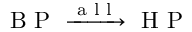
\textrm { B P } \xrightarrow { \textrm { a l l } } \textrm { H P }